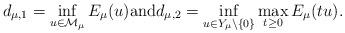
LaTeX: \begin{align*}d_{\mu, 1} = \inf_{u \in \mathcal{M}_{\mu}}E_{\mu}(u) \mbox{and} d_{\mu, 2} = \inf_{u \in Y_{\mu}\backslash\{0\}}\max_{t\geq 0}E_{\mu}(tu).\end{align*}